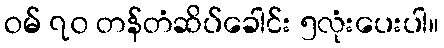
ဝမ် ၇၀ တန်တံဆိပ်ခေါင်း ၅လုံးပေးပါ။